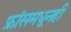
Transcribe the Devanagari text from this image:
फ्रांसमधूनही